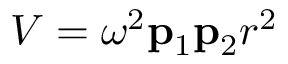
V = \omega ^ { 2 } \mathbf { p } _ { 1 } \mathbf { p } _ { 2 } r ^ { 2 }